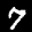
Label: 7